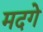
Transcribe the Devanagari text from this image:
मदगे